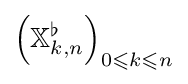
\left(\mathbb {X} _{k,n}^{\flat }\right)_{0\leqslant k\leqslant n}